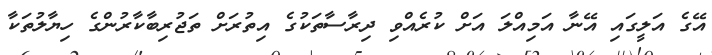
އޭގެ އަލީގައި އޭނާ އަމިއްލަ އަށް ކުރެއްވި ދިރާސާތަކުގެ އިތުރަށް ތަޖުރިބާކާރުންގެ ހިޔާލުތަކާ